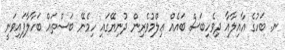
ނ. ބަހުގެ ޢާއިލާއާ ދިވެހިބަސް ބައެއް ޢިލްމުވެރިން ދުނިޔޭގައި ހިމެނޭ ބަސްތައް ބަހާލާފައިވަނީ